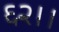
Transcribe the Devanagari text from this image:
६२।।